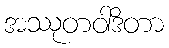
အဿုတဝါဒိတာ